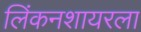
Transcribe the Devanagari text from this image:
लिंकनशायरला